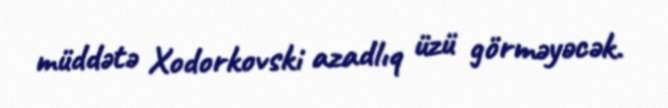
müddətə Xodorkovski azadlıq üzü görməyəcək.